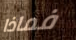
فماذا